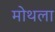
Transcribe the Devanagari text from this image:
मोथला